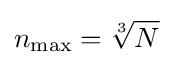
n_{\rm {max}}={\sqrt[{3}]{N}}